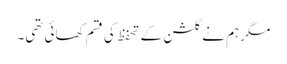
مگر ہم نے گلشن کے تحفظ کی قسم کھائی تھی۔